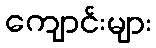
ကျောင်းများ